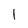
Character: I